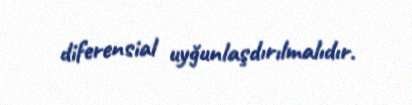
diferensial uyğunlaşdırılmalıdır.